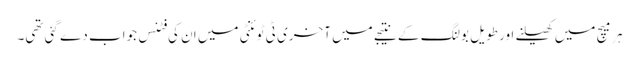
ہر میچ میں کھیلنے اور طویل بولنگ کے نتیجے میں آخری ٹی ٹوئنٹی میں ان کی فٹنس جواب دے گئی تھی۔